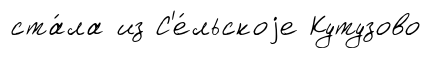
ста́ла из С'е́льскоjе Кутузово